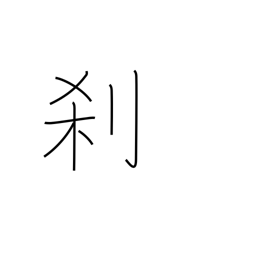
Meaning: temple